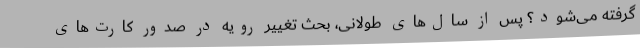
گرفته می‌شود؟ پس از سال‌های طولانی، بحث تغییر رویه در صدور کارت‌های